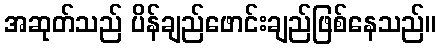
အဆုတ်သည် ပိန်ချည်ဖောင်းချည်ဖြစ်နေသည်။